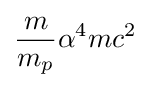
{\frac {m}{m_{p}}}\alpha ^{4}mc^{2}